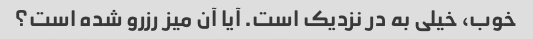
خوب، خیلی به در نزدیک است. آیا آن میز رزرو شده است؟